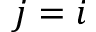
j = i